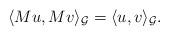
LaTeX: \begin{align*}\langle M u,Mv\rangle_{\mathcal G}=\langle u,v\rangle_{\mathcal G}.\end{align*}